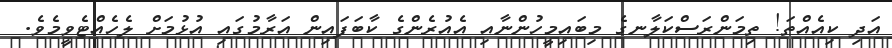
އަދި ކިއެއްތަ! ތިމަންރަސްކަލާނގެ މިބައިމީހުންނާއި އެއުރެންގެ ކާބަފައިން އަރާމުގައި އުޅުމަށް ލެހެއްޓެވީމެވެ.